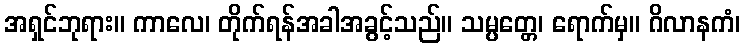
အရှင်ဘုရား။ ကာလေ၊ တိုက်ရန်အခါအခွင့်သည်။ သမ္ပတ္တေ၊ ရောက်မှ။ ဂိလာနကံ၊